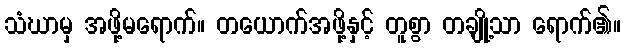
သံဃာမှ အဖို့မရောက်။ တယောက်အဖို့နှင့် တူစွာ တချို့သာ ရောက်၏။